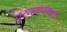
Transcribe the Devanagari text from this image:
दुय्यमपणाचे